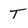
Character: T